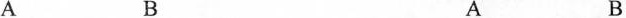
A B A B